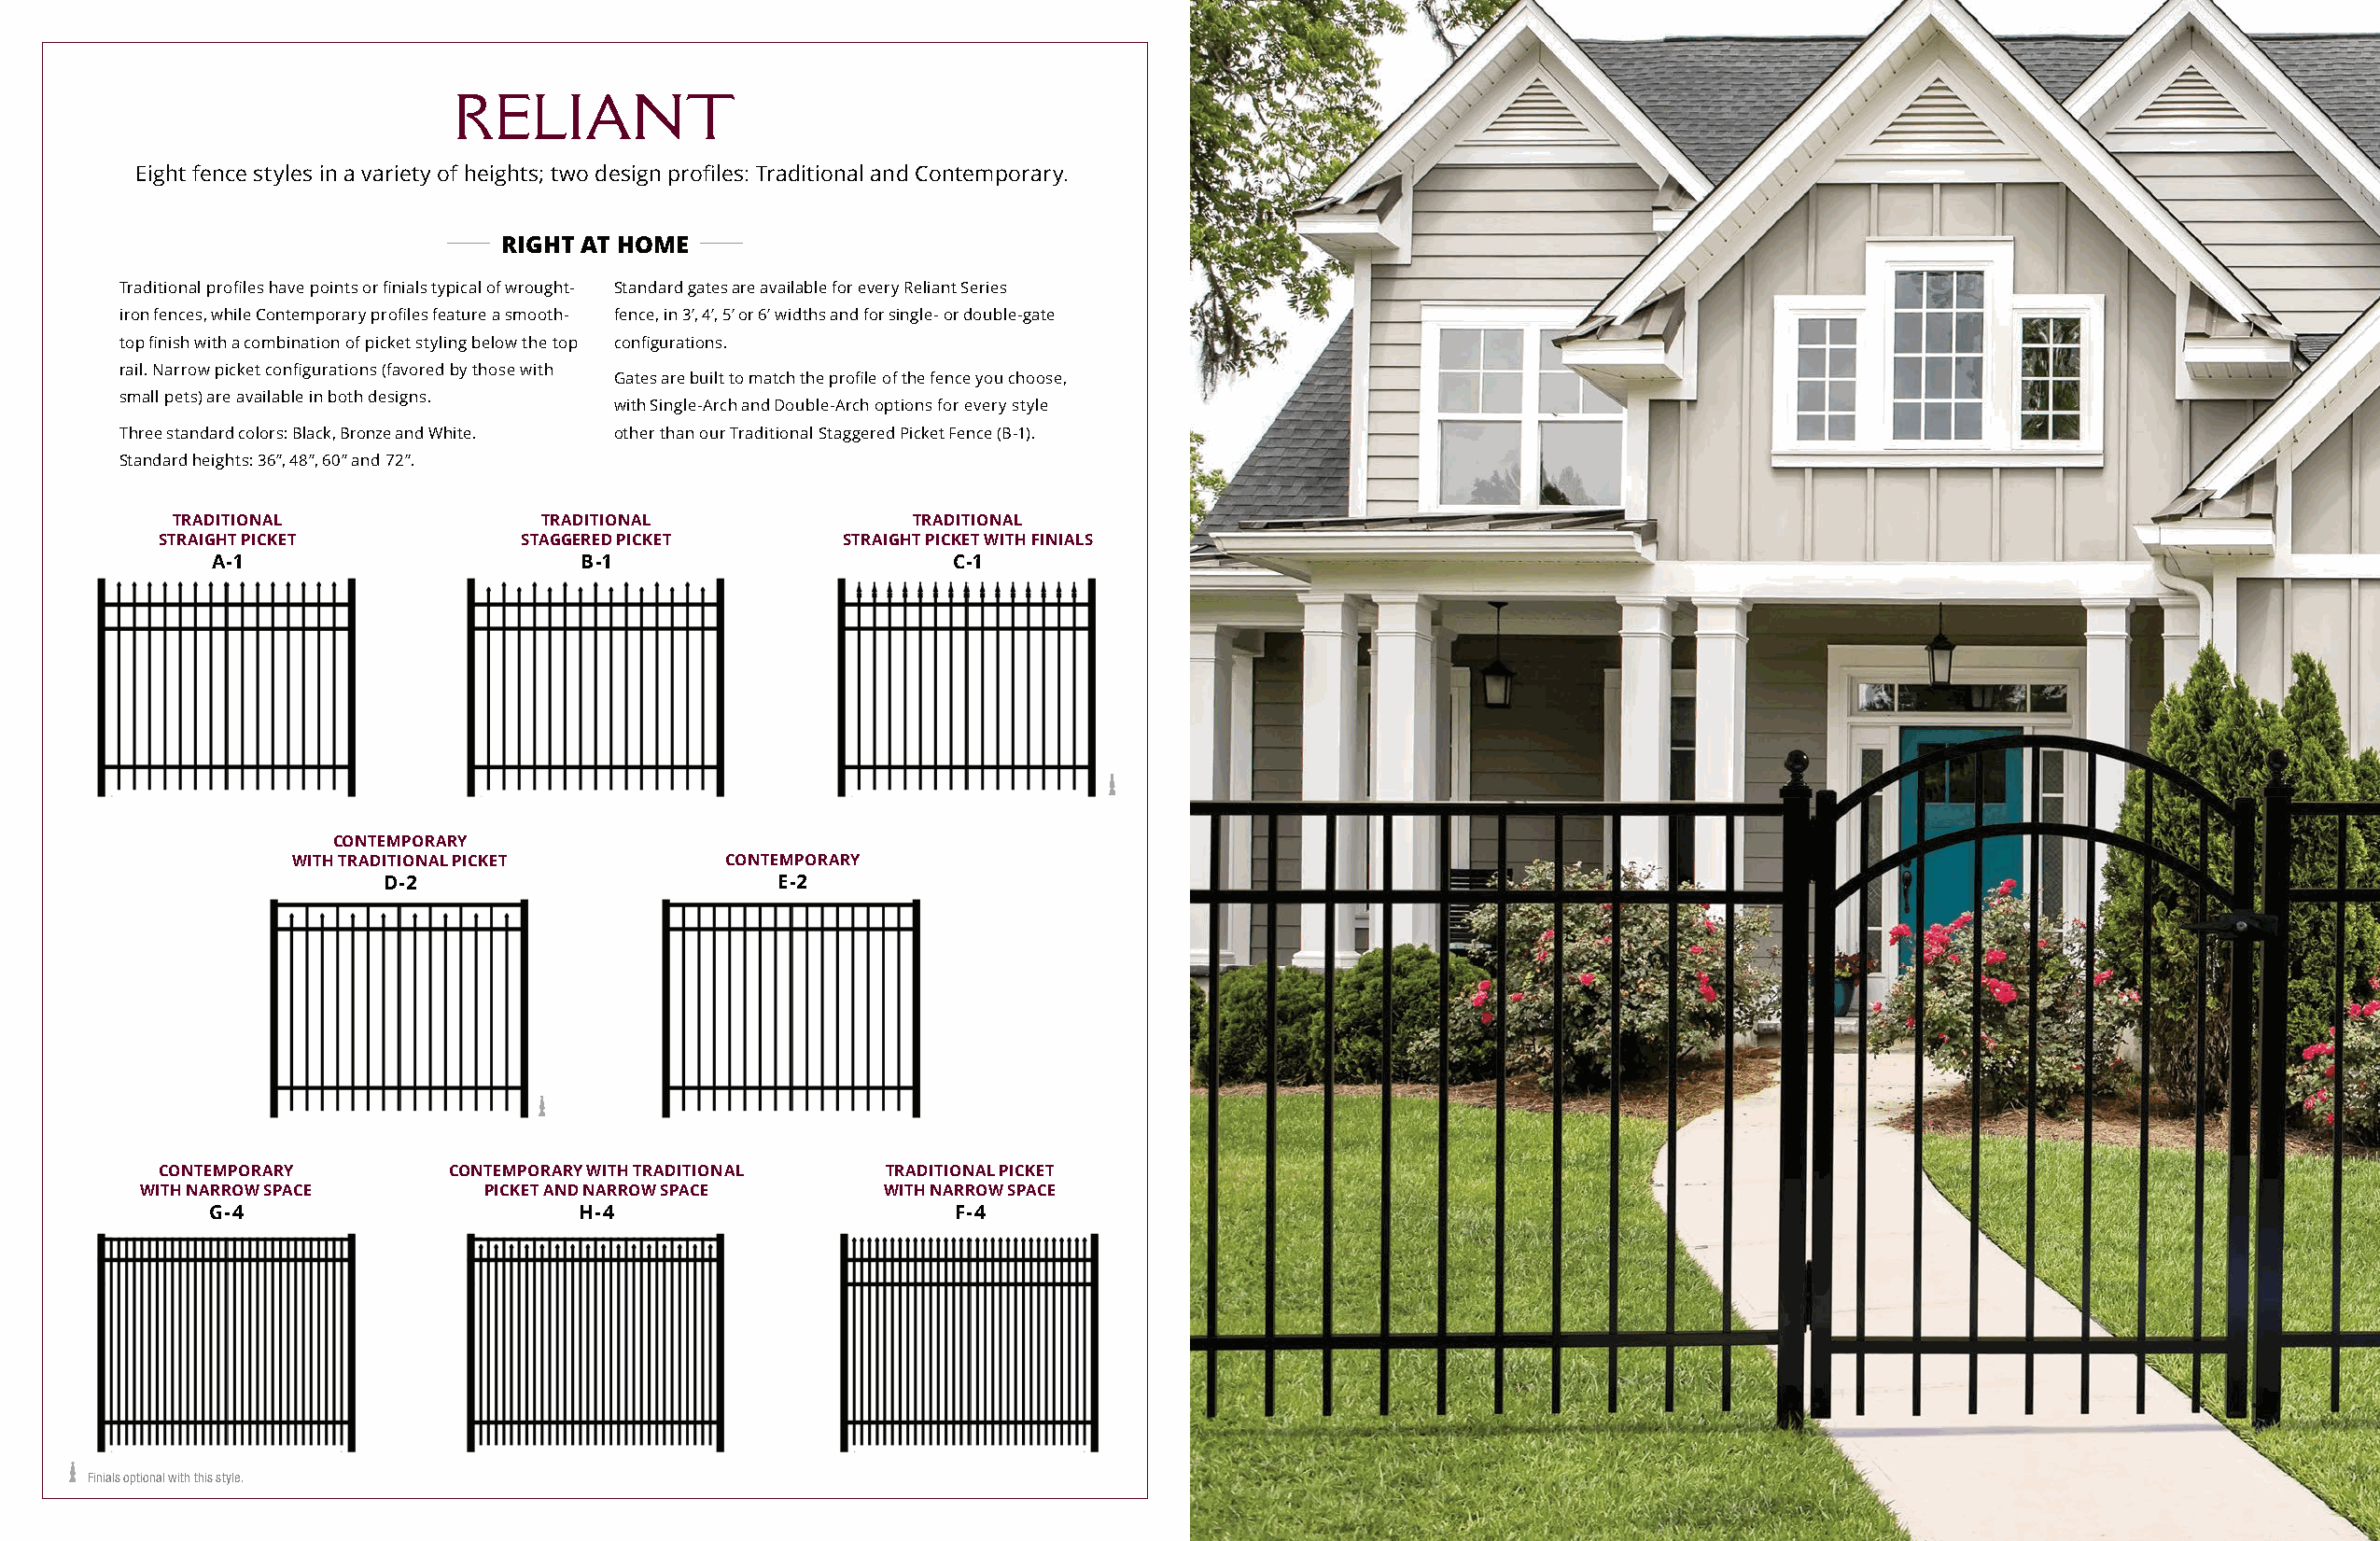
RELIANT
 Eight fence styles in a variety of heights; two design profiles: Traditional and Contemporary.
 RIGHT AT HOME
 Traditional profiles have points or finials typical of wrought- Standard gates are available for every Reliant Series
 iron fences, while Contemporary profiles feature a smooth- fence, in 3’, 4’, 5’ or 6’ widths and for single- or double-gate
 top finish with a combination of picket styling below the top configurations.
 rail. Narrow picket configurations (favored by those with
 Gates are built to match the profile of the fence you choose,
 small pets) are available in both designs.
 with Single-Arch and Double-Arch options for every style
 Three standard colors: Black, Bronze and White. other than our Traditional Staggered Picket Fence (B-1).
 Standard heights: 36”, 48”, 60” and 72”.
 TRADITIONAL               TRADITIONAL                TRADITIONAL
 STRAIGHT PICKET           STAGGERED PICKET       STRAIGHT PICKET WITH FINIALS
 A-1                       B-1                        C-1
 CONTEMPORARY
 WITH TRADITIONAL PICKET       CONTEMPORARY
 D-2                         E-2
 CONTEMPORARY         CONTEMPORARY WITH TRADITIONAL  TRADITIONAL PICKET
 WITH NARROW SPACE       PICKET AND NARROW SPACE      WITH NARROW SPACE
 G-4                       H-4                        F-4
 Finials optional with this style.